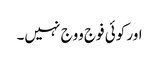
اور کوئی فوج ووج نہیں۔